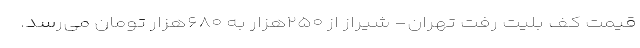
قیمت کف بلیت رفت تهران- شیراز از ۲۵۰هزار به ۶۸۰هزار تومان می‌رسد.